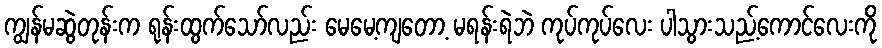
ကျွန်မဆွဲတုန်းက ရုန်းထွက်သော်လည်း မေမေ့ကျတော့ မရန်းရဲဘဲ ကုပ်ကုပ်လေး ပါသွားသည့်ကောင်လေးကို